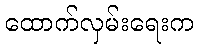
ထောက်လှမ်းရေးက